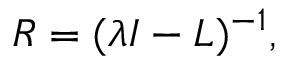
R = ( \lambda I - L ) ^ { - 1 } ,